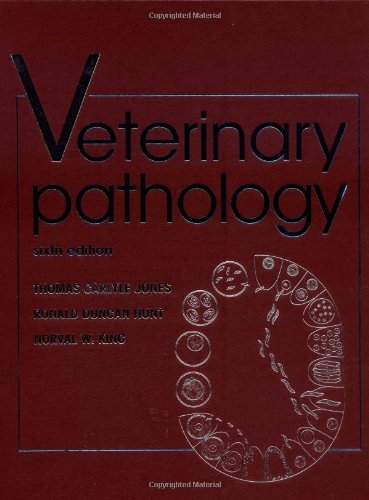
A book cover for Veterinary Pathology; Thomas Carlyle Jones; Medical Books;